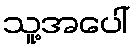
သူ့အပေါ်